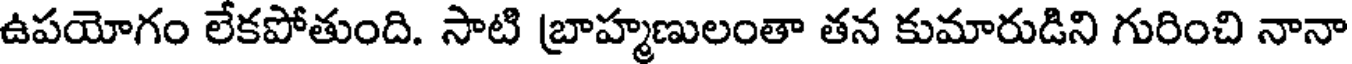
ఉపయోగం లేకపోతుంది. సాటి బ్రాహ్మణులంతా తన కుమారుడిని గురించి నానా